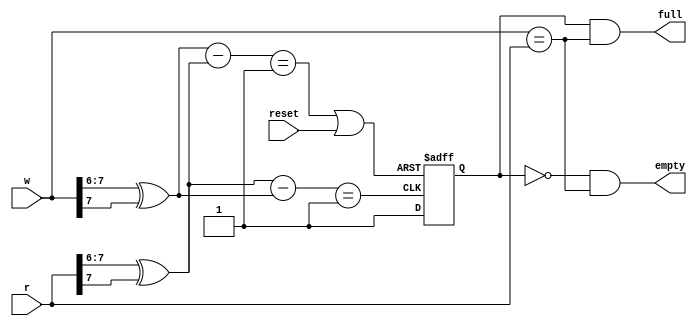
module fifo_state #(
	parameter W = 8		/* must be >= 2 */
)(
	input reset,
	input [W-1:0] w, r,	/* gray coded write and read pointers */
	output empty, full
);
	wire x, y, gs, gr;
	reg up;

	/* revert Gray Code and return two most significant bits */
	function [1:0] dgt (input [W-1:0] x);
		dgt = (x >> (W-2)) ^ (x >> (W-1));
	endfunction

	assign gs = (dgt (r) - dgt (w)) == 2'b1;
	assign gr = (dgt (w) - dgt (r)) == 2'b1 | reset;

	always @(posedge gr or posedge gs) #1
		if (gr)
			up <= 0;
		else
			up <= 1;

	assign empty = ~up & (w == r);
	assign full  =  up & (w == r);
endmodule
module fifo #(
	parameter W = 8, ORDER = 4
)(
	input reset,
	input [W-1:0] in, (* noglobal *) input put, output full,
	output reg [W-1:0] out, (* noglobal *) input get, output empty
);
	reg [W-1:0] ram [2**ORDER-1:0];
	wire [ORDER-1:0] w, r;

	gray_counter #(ORDER) cw (reset, ~put, w);
	gray_counter #(ORDER) cr (reset, ~get, r);

	fifo_state #(ORDER) state (reset, w, r, empty, full);

	always @(posedge put) #1
		if (!full)
			ram[w] <= in;

	always @(posedge get) #1
		if (!empty)
			out <= ram[r];
endmodule